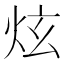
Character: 炫